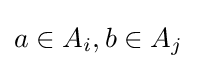
a\in A_{i},b\in A_{j}